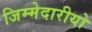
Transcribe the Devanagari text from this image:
जिम्मेदारीयो